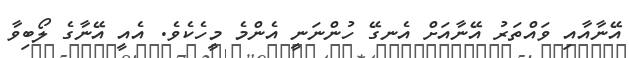
އޭނާއާއި ވައްތަރު އޭނާއަށް އެނގޭ ހުންނަނީ އެންމެ މީހެކެވެ. އެއީ އޭނާގެ ލޯބިވާ